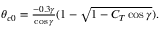
\begin{array} { r } { \theta _ { c 0 } = \frac { - 0 . 3 \gamma } { \cos { \gamma } } ( 1 - \sqrt { 1 - C _ { T } \cos { \gamma } } ) . } \end{array}